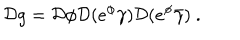
{ \cal D } g = { \cal D } \phi { \cal D } ( e ^ { \phi } \gamma ) { \cal D } ( e ^ { \phi } \bar { \gamma } ) ~ .